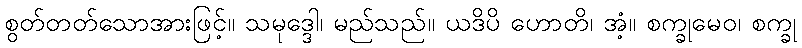
စွတ်တတ်သောအားဖြင့်။ သမုဒ္ဒေါ၊ မည်သည်။ ယဒိပိ ဟောတိ၊ အံ့။ စက္ခုမေဝ၊ စက္ခု